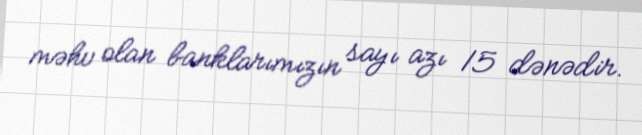
məhv olan banklarımızın sayı azı 15 dənədir.